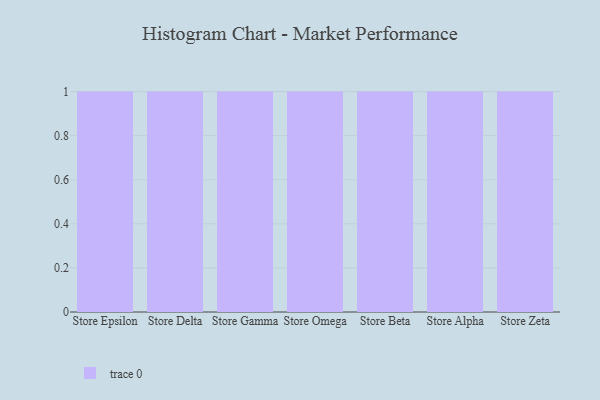
{"axis": {"x": "Store", "y": "Budget (USD K)"}, "legend": [""], "data": [{"x": "Store Epsilon", "y": 53, "type": ""}, {"x": "Store Delta", "y": 24, "type": ""}, {"x": "Store Gamma", "y": 6, "type": ""}, {"x": "Store Omega", "y": 94, "type": ""}, {"x": "Store Beta", "y": 37, "type": ""}, {"x": "Store Alpha", "y": 27, "type": ""}, {"x": "Store Zeta", "y": 76, "type": ""}]}